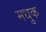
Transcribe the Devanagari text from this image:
मधुक